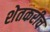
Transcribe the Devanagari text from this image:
शेतकरीच